Civil Veterinary Department. United Provinces 1912-22 - 1912-1922
Year: 1912
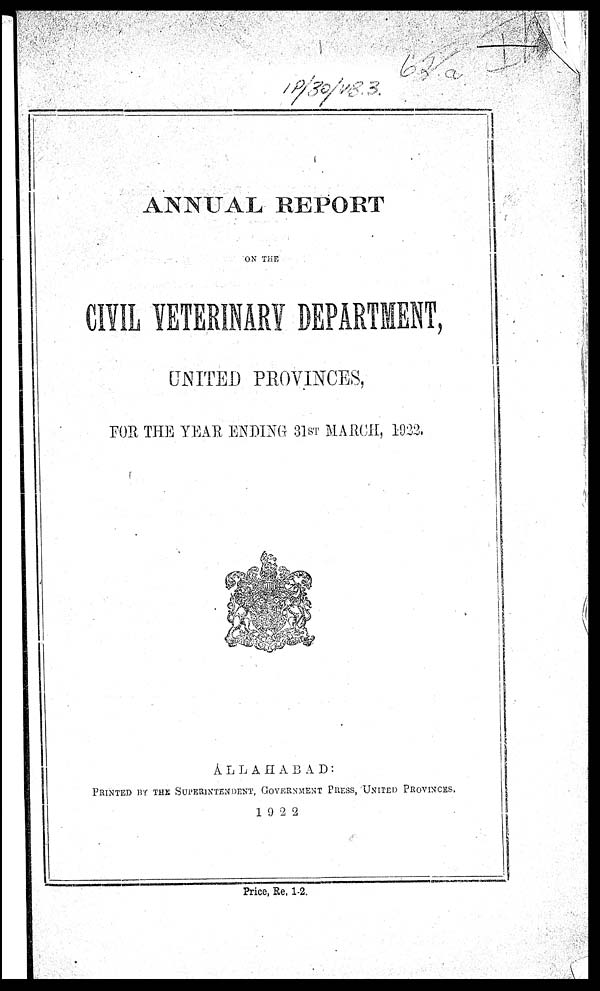
ANNUAL REPORT
ON THE
CIVIL VETERINARY DEPARTMENT,
UNITED PROVINCES,
FOR THE YEAR ENDING 31ST MARCH, 1922,
ALLAHABAD:
PRINTED BY THE SUPERINTENDENT, GOVERNMENT PRESS, UNITED PROVINCES,
1922
Price, Re, 1-2.